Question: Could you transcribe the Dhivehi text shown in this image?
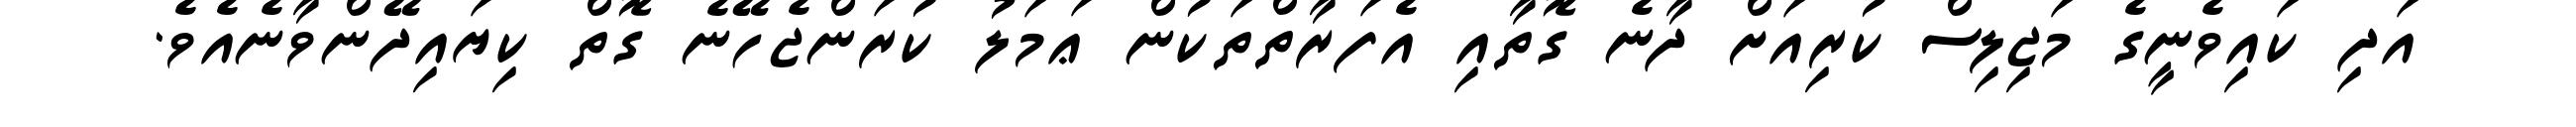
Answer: އަދި ކައިވެނީގެ މަޖިލިސް ކުރިއަށް ދާނެ ގޮތާއި އެފަރާތްތަކުން ޢަމަލު ކުރަންޖެހޭނެ ގޮތް ކިޔައިދޭންވާނެއެވެ.